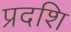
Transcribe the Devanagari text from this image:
प्रदशि